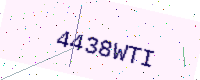
Text: 4438WTI